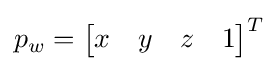
\textstyle p_{w}={\begin{bmatrix}x&y&z&1\end{bmatrix}}^{T}